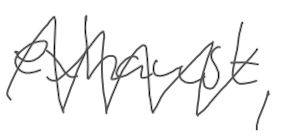
Text: exhaust,
Cross-out: zig-zag
Writing tool: digital_gray